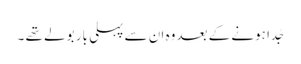
جُدا ہونے کے بعدوہ ان سے پہلی بار بولے تھے ۔